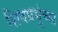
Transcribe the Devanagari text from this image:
शिवप्रभूंच्या